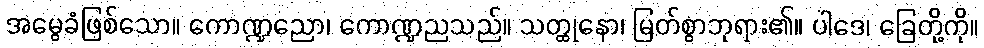
အမွေခံဖြစ်သော။ ကောဏ္ဍညော၊ ကောဏ္ဍညသည်။ သတ္ထုနော၊ မြတ်စွာဘုရား၏။ ပါဒေ၊ ခြေတို့ကို။